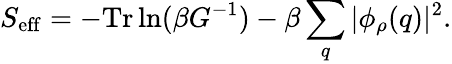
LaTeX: S_{\mathrm{eff}}=-\mathrm{Tr}\ln(\beta G^{-1})-\beta\sum_{q}|\phi_{\rho}(q)|^{2}.